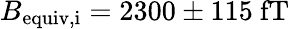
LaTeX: B_{\mathrm{equiv,i}}=2300\pm 115~\mathrm{fT}